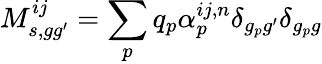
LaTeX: M_{s,gg^{\prime}}^{ij}=\sum_{p}q_{p}{\alpha}_{p}^{ij,n}\delta_{g_{p}g^{\prime}}\delta_{g_{p}g}